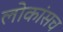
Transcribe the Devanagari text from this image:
लोकांसच